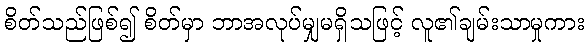
စိတ်သည်ဖြစ်၍ စိတ်မှာ ဘာအလုပ်မျှမရှိသဖြင့် လူ၏ချမ်းသာမှုကား